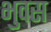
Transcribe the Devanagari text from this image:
भुवस